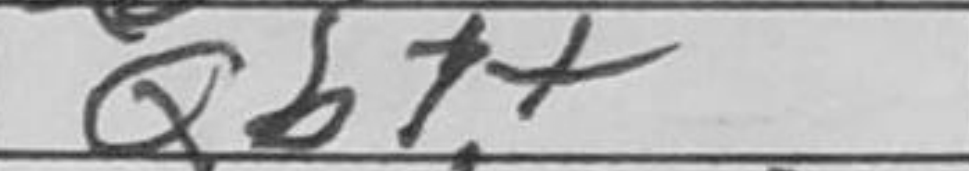
Transcription: Qb7+